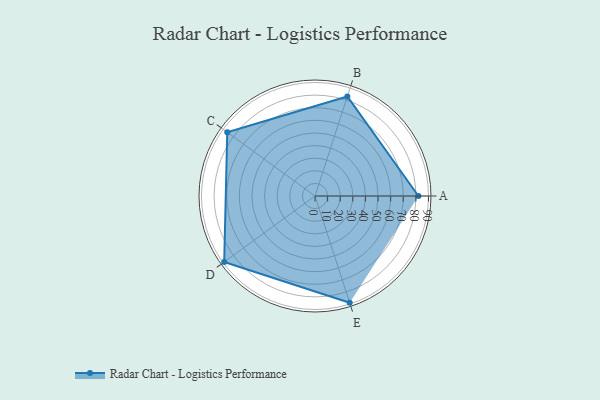
{"axis": {"x": "Skill", "y": "Score"}, "legend": ["Profile"], "data": [{"x": "A", "y": 82.0, "type": "Profile"}, {"x": "B", "y": 83.0, "type": "Profile"}, {"x": "C", "y": 86.0, "type": "Profile"}, {"x": "D", "y": 89.0, "type": "Profile"}, {"x": "E", "y": 89.0, "type": "Profile"}]}